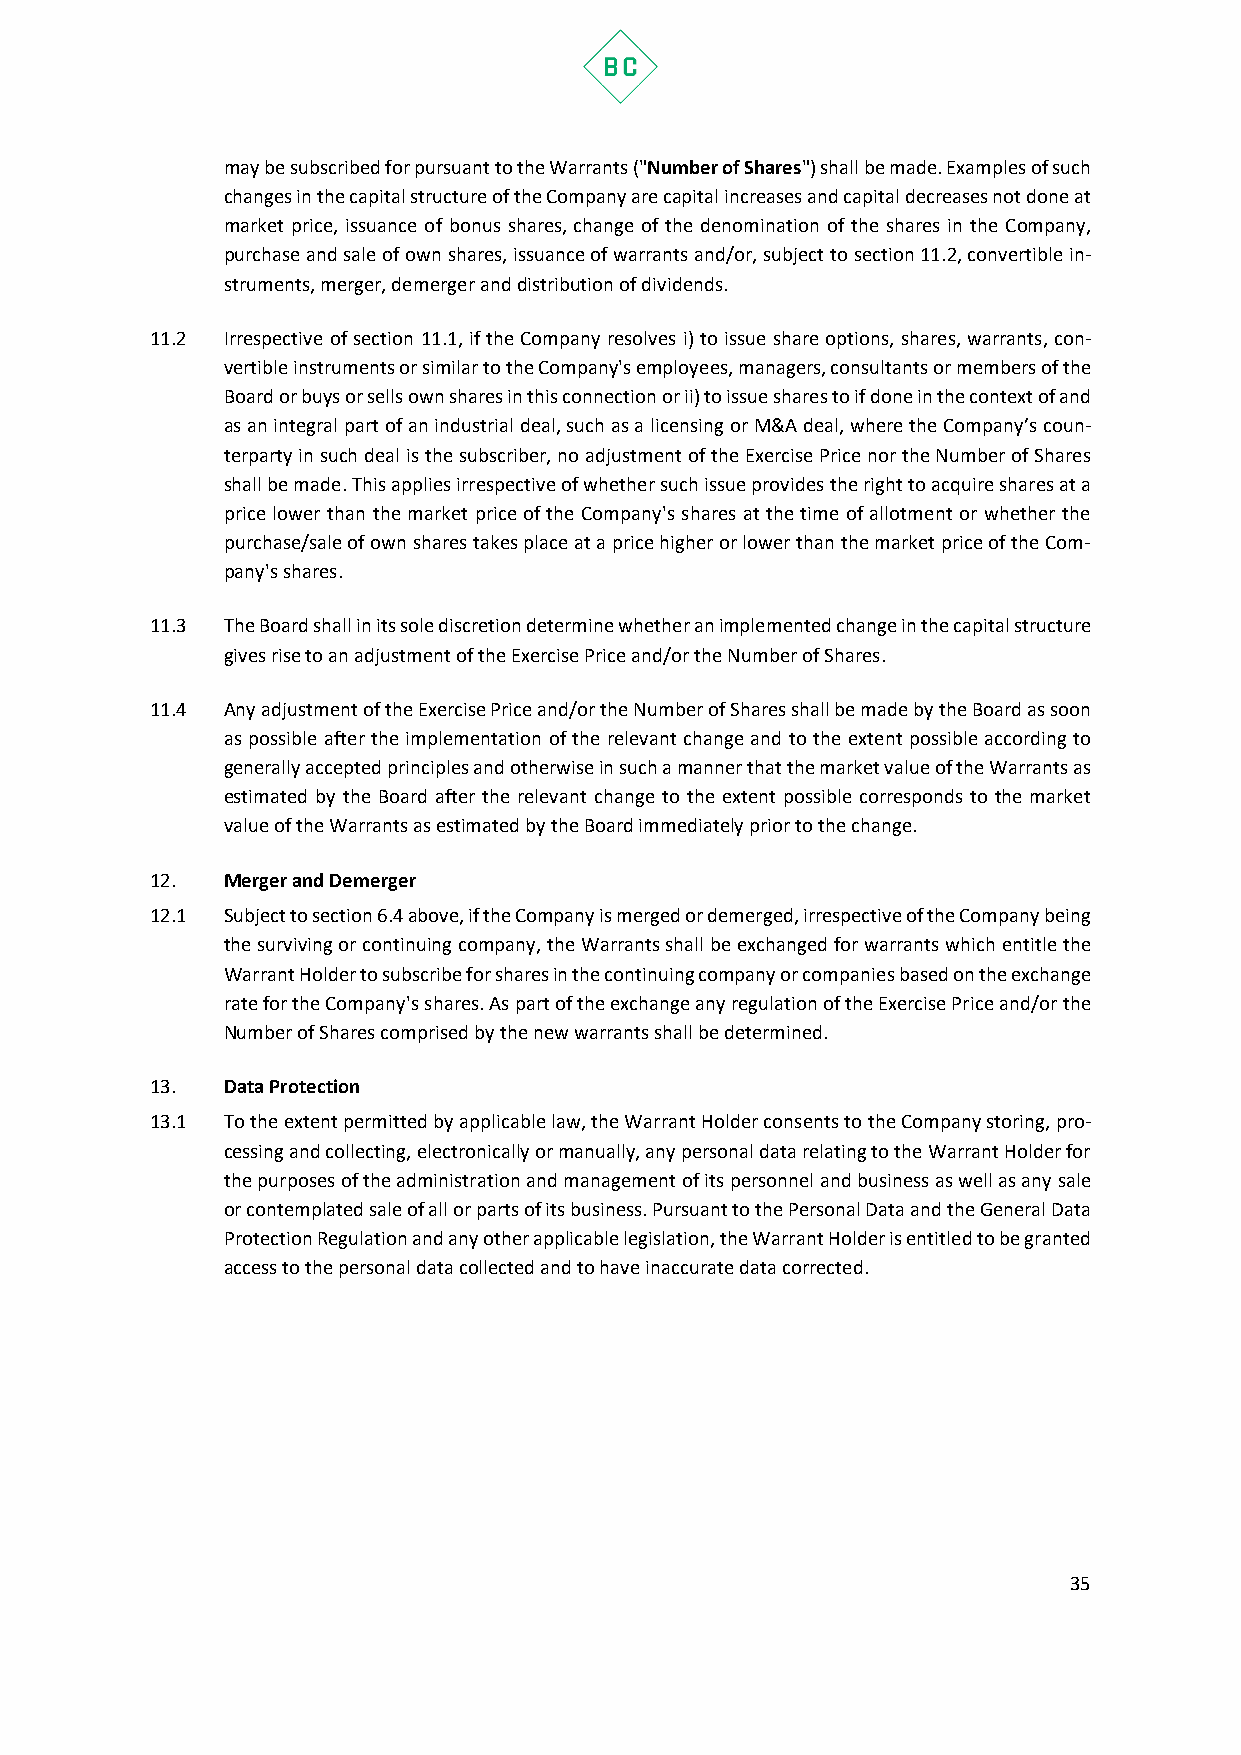
may be subscribed for pursuant to the Warrants ("Number of Shares") shall be made. Examples of such
 changes in the capital structure of the Company are capital increases and capital decreases not done at
 market price, issuance of bonus shares, change of the denomination of the shares in the Company,
 purchase and sale of own shares, issuance of warrants and/or, subject to section 11.2, convertible in-
 struments, merger, demerger and distribution of dividends.
 11.2 Irrespective of section 11.1, if the Company resolves i) to issue share options, shares, warrants, con-
 vertible instruments or similar to the Company's employees, managers, consultants or members of the
 Board or buys or sells own shares in this connection or ii) to issue shares to if done in the context of and
 as an integral part of an industrial deal, such as a licensing or M&A deal, where the Company’s coun-
 terparty in such deal is the subscriber, no adjustment of the Exercise Price nor the Number of Shares
 shall be made. This applies irrespective of whether such issue provides the right to acquire shares at a
 price lower than the market price of the Company's shares at the time of allotment or whether the
 purchase/sale of own shares takes place at a price higher or lower than the market price of the Com-
 pany's shares.
 11.3 The Board shall in its sole discretion determine whether an implemented change in the capital structure
 gives rise to an adjustment of the Exercise Price and/or the Number of Shares.
 11.4 Any adjustment of the Exercise Price and/or the Number of Shares shall be made by the Board as soon
 as possible after the implementation of the relevant change and to the extent possible according to
 generally accepted principles and otherwise in such a manner that the market value of the Warrants as
 estimated by the Board after the relevant change to the extent possible corresponds to the market
 value of the Warrants as estimated by the Board immediately prior to the change.
 12.  Merger and Demerger
 12.1 Subject to section 6.4 above, if the Company is merged or demerged, irrespective of the Company being
 the surviving or continuing company, the Warrants shall be exchanged for warrants which entitle the
 Warrant Holder to subscribe for shares in the continuing company or companies based on the exchange
 rate for the Company's shares. As part of the exchange any regulation of the Exercise Price and/or the
 Number of Shares comprised by the new warrants shall be determined.
 13.  Data Protection
 13.1 To the extent permitted by applicable law, the Warrant Holder consents to the Company storing, pro-
 cessing and collecting, electronically or manually, any personal data relating to the Warrant Holder for
 the purposes of the administration and management of its personnel and business as well as any sale
 or contemplated sale of all or parts of its business. Pursuant to the Personal Data and the General Data
 Protection Regulation and any other applicable legislation, the Warrant Holder is entitled to be granted
 access to the personal data collected and to have inaccurate data corrected.
 35